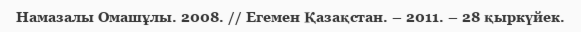
Намазалы Омашұлы. 2008. // Егемен Қазақстан. – 2011. – 28 қыркүйек.